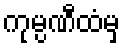
ကုမ္ပဏီထံမှ